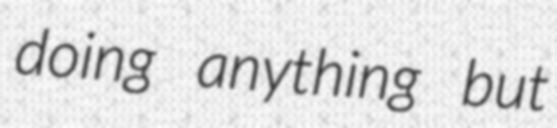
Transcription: doing anything but